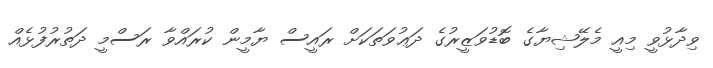
ވިދާޅުވީ މިއީ މެލޭޝިޔާގެ ބޮޑުވަޒީރުގެ ދަޢުވަތަކަށް ރައީސް ޔާމީން ކުރައްވާ ރަސްމީ ދަތުރުފުޅެއް